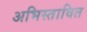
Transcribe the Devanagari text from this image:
अभिस्तावित